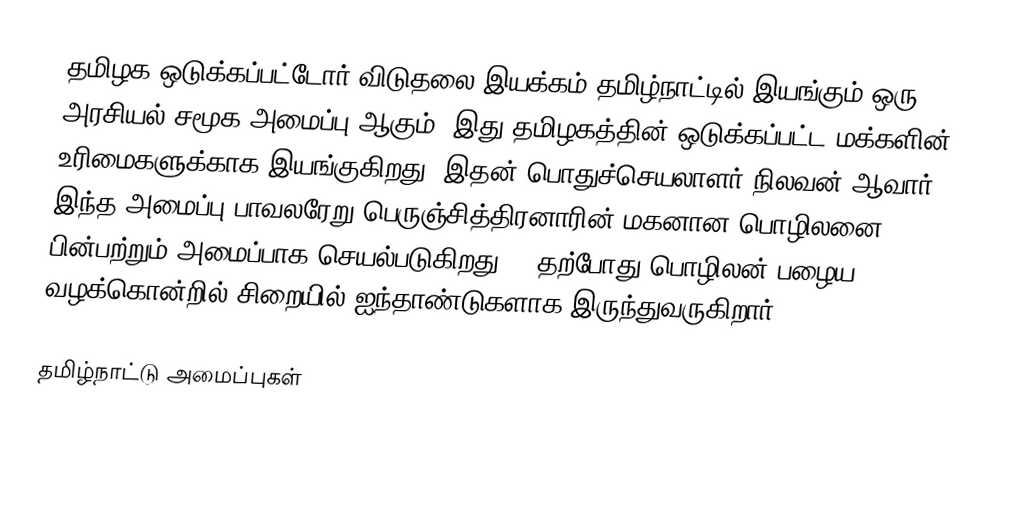
தமிழக ஒடுக்கப்பட்டோர் விடுதலை இயக்கம் தமிழ்நாட்டில் இயங்கும் ஒரு அரசியல் சமூக அமைப்பு ஆகும்.  இது தமிழகத்தின் ஒடுக்கப்பட்ட மக்களின் உரிமைகளுக்காக இயங்குகிறது.  இதன் பொதுச்செயலாளர் நிலவன் ஆவார். இந்த அமைப்பு பாவலரேறு பெருஞ்சித்திரனாரின் மகனான பொழிலனை பின்பற்றும் அமைப்பாக செயல்படுகிறது... தற்போது பொழிலன் பழைய வழக்கொன்றில் சிறையில் ஐந்தாண்டுகளாக இருந்துவருகிறார்...

தமிழ்நாட்டு அமைப்புகள்